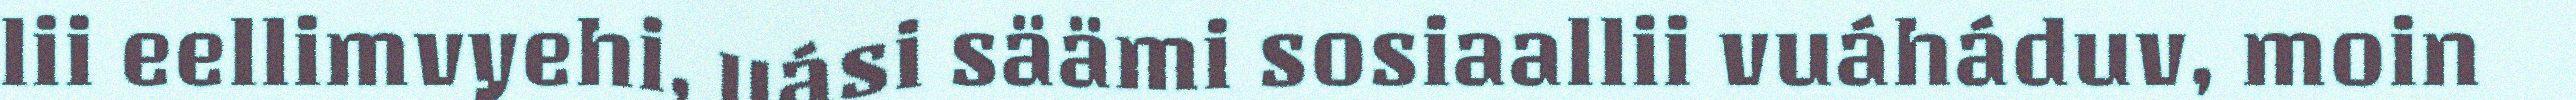
lii eellimvyehi, uási säämi sosiaallii vuáháduv, moin